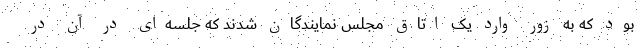
بود که به زور وارد یک اتاق مجلس نمایندگان شدند که جلسه‌ای در آن در